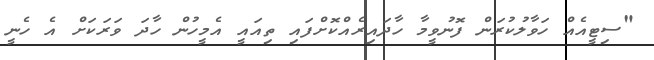
"ސިޓީއެއް ހަވާލުކުރަން ފޮނުވީމާ ހާދައިރެއްކޮށްފައި ތިއައީ އެމީހުން ހާދަ ވަރަކަށް އެ ހެނީ